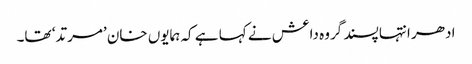
ادھر انتہا پسند گروہ داعش نے کہا ہے کہ ہمایوں خان ’مرتد‘ تھا۔